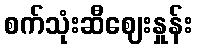
စက်သုံးဆီဈေးနှုန်း